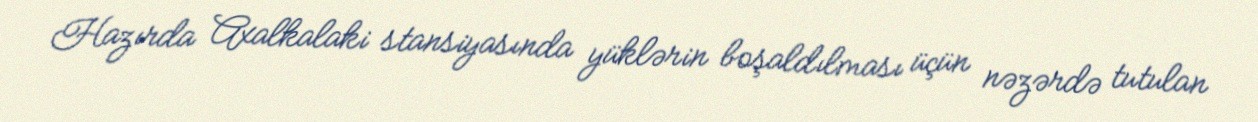
Hazırda Axalkalaki stansiyasında yüklərin boşaldılması üçün nəzərdə tutulan